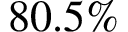
8 0 . 5 \%